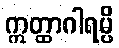
ဣတ္ထာဂါရမ္ပိ